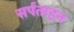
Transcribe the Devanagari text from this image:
सर्पताहन